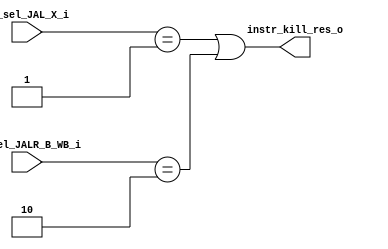
module InstrKillID (input [1:0] pc_sel_JAL_X_i, pc_sel_JALR_B_WB_i,
                    output      instr_kill_res_o);

    assign instr_kill_res_o = (pc_sel_JAL_X_i == 2'b01) | (pc_sel_JALR_B_WB_i == 2'b10);

endmodule